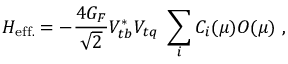
{ \cal H } _ { \mathrm { e f f . } } = - \frac { 4 G _ { F } } { \sqrt { 2 } } V _ { t b } ^ { * } V _ { t q } \; \sum _ { i } C _ { i } ( \mu ) O ( \mu ) ~ ,